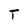
Character: T